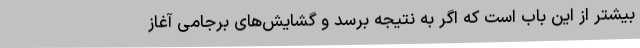
بیشتر از این باب است که اگر به نتیجه برسد و گشایش‌های برجامی آغاز